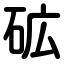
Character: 砿